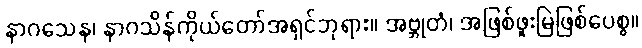
နာဂသေန၊ နာဂသိန်ကိုယ်တော်အရှင်ဘုရား။ အဗ္ဘုတံ၊ အဖြစ်ဖူးမြဲဖြစ်ပေစွ။